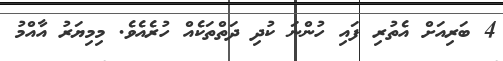
4 ބަރިއަށް އެތުރި ފައި ހުންނަ ކުދި ދަތްތަކެއް ހުރެއެވެ. މިމިޔަރު އާއްމު